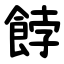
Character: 餑